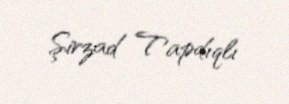
Şirzad Tapdıqlı